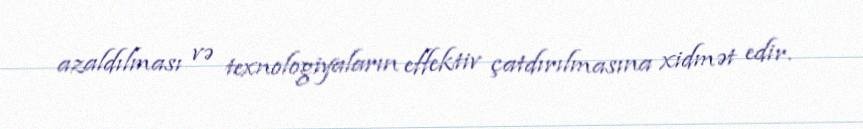
azaldılması və texnologiyaların effektiv çatdırılmasına xidmət edir.